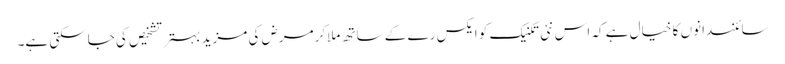
سائنسدانوں کا خیال ہے کہ اس نئی تکنیک کو ایکس رے کے ساتھ ملاکرمرض کی مزید بہتر تشخیص کی جاسکتی ہے۔